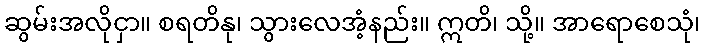
ဆွမ်းအလိုငှာ။ စရတိနု၊ သွားလေအံ့နည်း။ ဣတိ၊ သို့။ အာရောစေသုံ၊